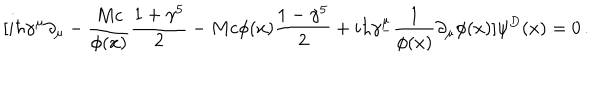
[ i \hbar \gamma ^ { \mu } \partial _ { \mu } - { \frac { M c } { \phi ( x ) } } { \frac { 1 + \gamma ^ { 5 } } { 2 } } - M c \phi ( x ) { \frac { 1 - \gamma ^ { 5 } } { 2 } } + i \hbar \gamma _ { - } ^ { \mu } { \frac { 1 } { \phi ( x ) } } \partial _ { \mu } \phi ( x ) ] \psi ^ { D } ( x ) = 0 \, .